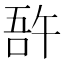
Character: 𠵦